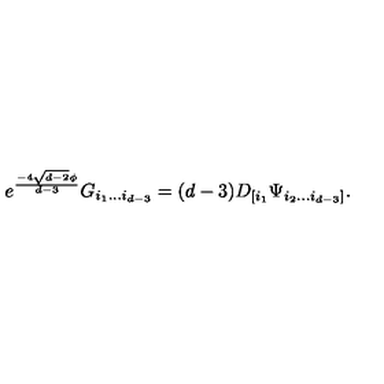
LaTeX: e ^ { \frac { - 4 \sqrt { d - 2 } \phi } { d - 3 } } G _ { i _ { 1 } . . . i _ { d - 3 } } = ( d - 3 ) D _ { [ i _ { 1 } } \Psi _ { i _ { 2 } . . . i _ { d - 3 } ] } .